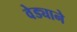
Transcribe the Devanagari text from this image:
वेड्याने